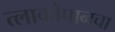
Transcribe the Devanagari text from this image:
त्लाकोपानचा